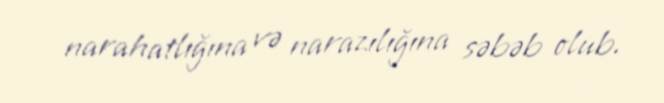
narahatlığına və narazılığına səbəb olub.